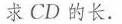
求CD的长。